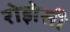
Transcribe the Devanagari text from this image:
रोझेसी